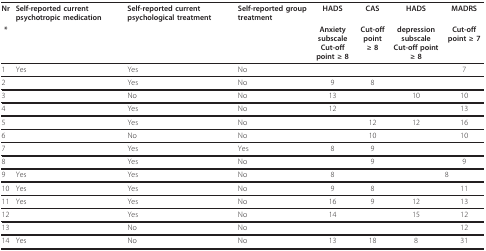
| Nr | Self-reported current psychotropic medication | Self-reported current psychological treatment | Self-reported group treatment | HADS | CAS | HADS | MADRS |
 | * |  |  |  | Anxiety subscaleCut-off point ≥ 8 | Cut-off point≥ 8 | depression subscaleCut-off point ≥ 8 | Cut-off point ≥ 7 |
 | --- | --- | --- | --- | --- | --- | --- | --- |
 | 1 | Yes | Yes | No |  |  |  | 7 |
 | 2 |  | Yes | No | 9 | 8 |  |  |
 | 3 |  | No | No | 13 |  | 10 | 10 |
 | 4 |  | Yes | No | 12 |  |  | 13 |
 | 5 |  | Yes | No |  | 12 | 12 | 16 |
 | 6 |  | No | No |  | 10 |  | 10 |
 | 7 |  | Yes | Yes | 8 | 9 |  |  |
 | 8 |  | Yes | No |  | 9 |  | 9 |
 | 9 | Yes | Yes | No | 8 |  |  | 8 |
 | 10 | Yes | Yes | No | 9 | 8 |  | 11 |
 | 11 | Yes | Yes | No | 16 | 9 | 12 | 13 |
 | 12 |  | Yes | No | 14 |  | 15 | 12 |
 | 13 |  | No | No |  |  |  | 12 |
 | 14 | Yes | No | No | 13 | 18 | 8 | 31 |